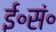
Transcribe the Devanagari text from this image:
ई॰सं॰